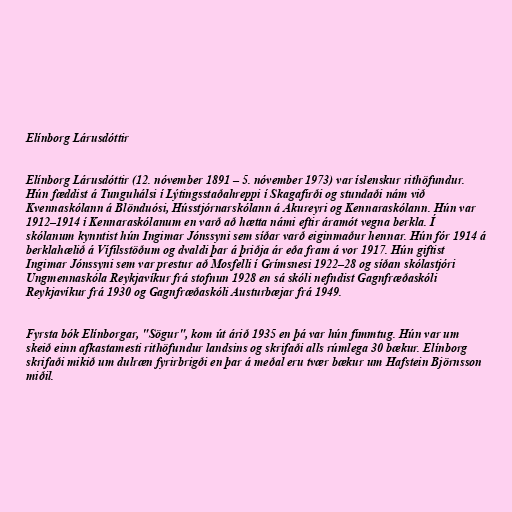
Elínborg Lárusdóttir

Elínborg Lárusdóttir (12. nóvember 1891 – 5. nóvember 1973) var íslenskur rithöfundur.
Hún fæddist á Tunguhálsi í Lýtingsstaðahreppi í Skagafirði og stundaði nám við
Kvennaskólann á Blönduósi, Hússtjórnarskólann á Akureyri og Kennaraskólann. Hún var
1912–1914 í Kennaraskólanum en varð að hætta námi eftir áramót vegna berkla. Í
skólanum kynntist hún Ingimar Jónssyni sem síðar varð eiginmaður hennar. Hún fór 1914 á
berklahælið á Vífilsstöðum og dvaldi þar á þriðja ár eða fram á vor 1917. Hún giftist
Ingimar Jónssyni sem var prestur að Mosfelli í Grímsnesi 1922–28 og síðan skólastjóri
Ungmennaskóla Reykjavíkur frá stofnun 1928 en sá skóli nefndist Gagnfræðaskóli
Reykjavíkur frá 1930 og Gagnfræðaskóli Austurbæjar frá 1949.

Fyrsta bók Elínborgar, "Sögur", kom út árið 1935 en þá var hún fimmtug. Hún var um
skeið einn afkastamesti rithöfundur landsins og skrifaði alls rúmlega 30 bækur. Elínborg
skrifaði mikið um dulræn fyrirbrigði en þar á meðal eru tvær bækur um Hafstein Björnsson
miðil.